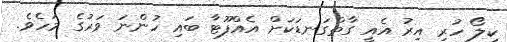
ކިލޯ ހުރި އިރު އެއީ ގާތްގަނޑަކަށް އެއްފޫޓާ ބައި ހުންނަ ވަރުގެ މަހެވެ.